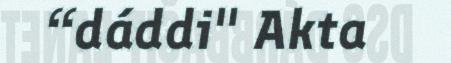
“dáddi" Akta